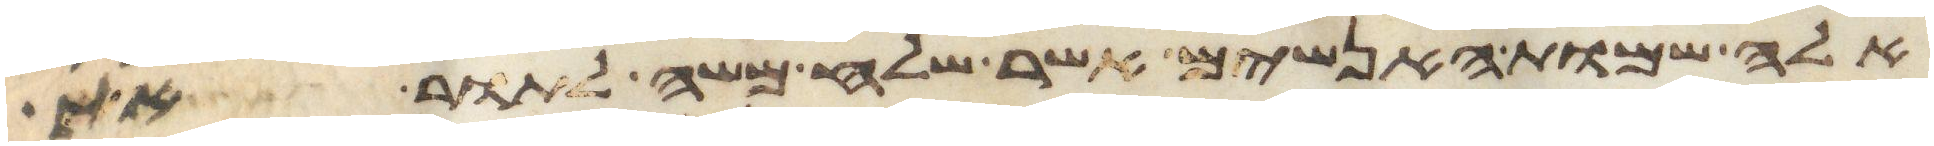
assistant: אלה שמות האנשים אשר שלח משה לתור את